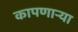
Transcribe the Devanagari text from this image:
कापणाऱ्या